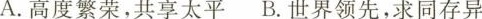
A.高度繁荣，共享太平B.世界领先，求同存异